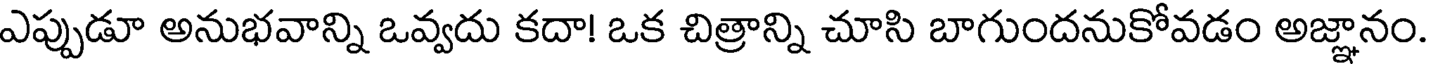
ఎప్పుడూ అనుభవాన్ని ఒవ్వదు కదా! ఒక చిత్రాన్ని చూసి బాగుందనుకోవడం అజ్ఞానం.